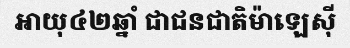
អាយុ៤២ឆ្នាំ ជាជនជាតិម៉ាឡេស៊ី